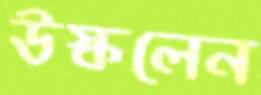
উস্‌কলেন